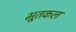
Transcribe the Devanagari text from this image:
भूतकल